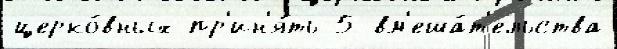
церко́вных пр'ин'я́ть 5 вм'еша́т'ельства